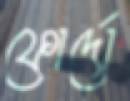
ফোর্দো